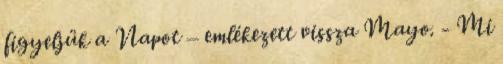
figyeljük a Napot – emlékezett vissza Mayo. - Mi